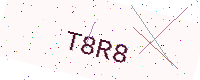
Text: T8R8